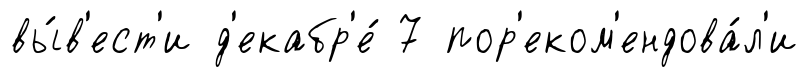
вы́в'ест'и д'екабр'е́ 7 пор'еком'ендова́л'и